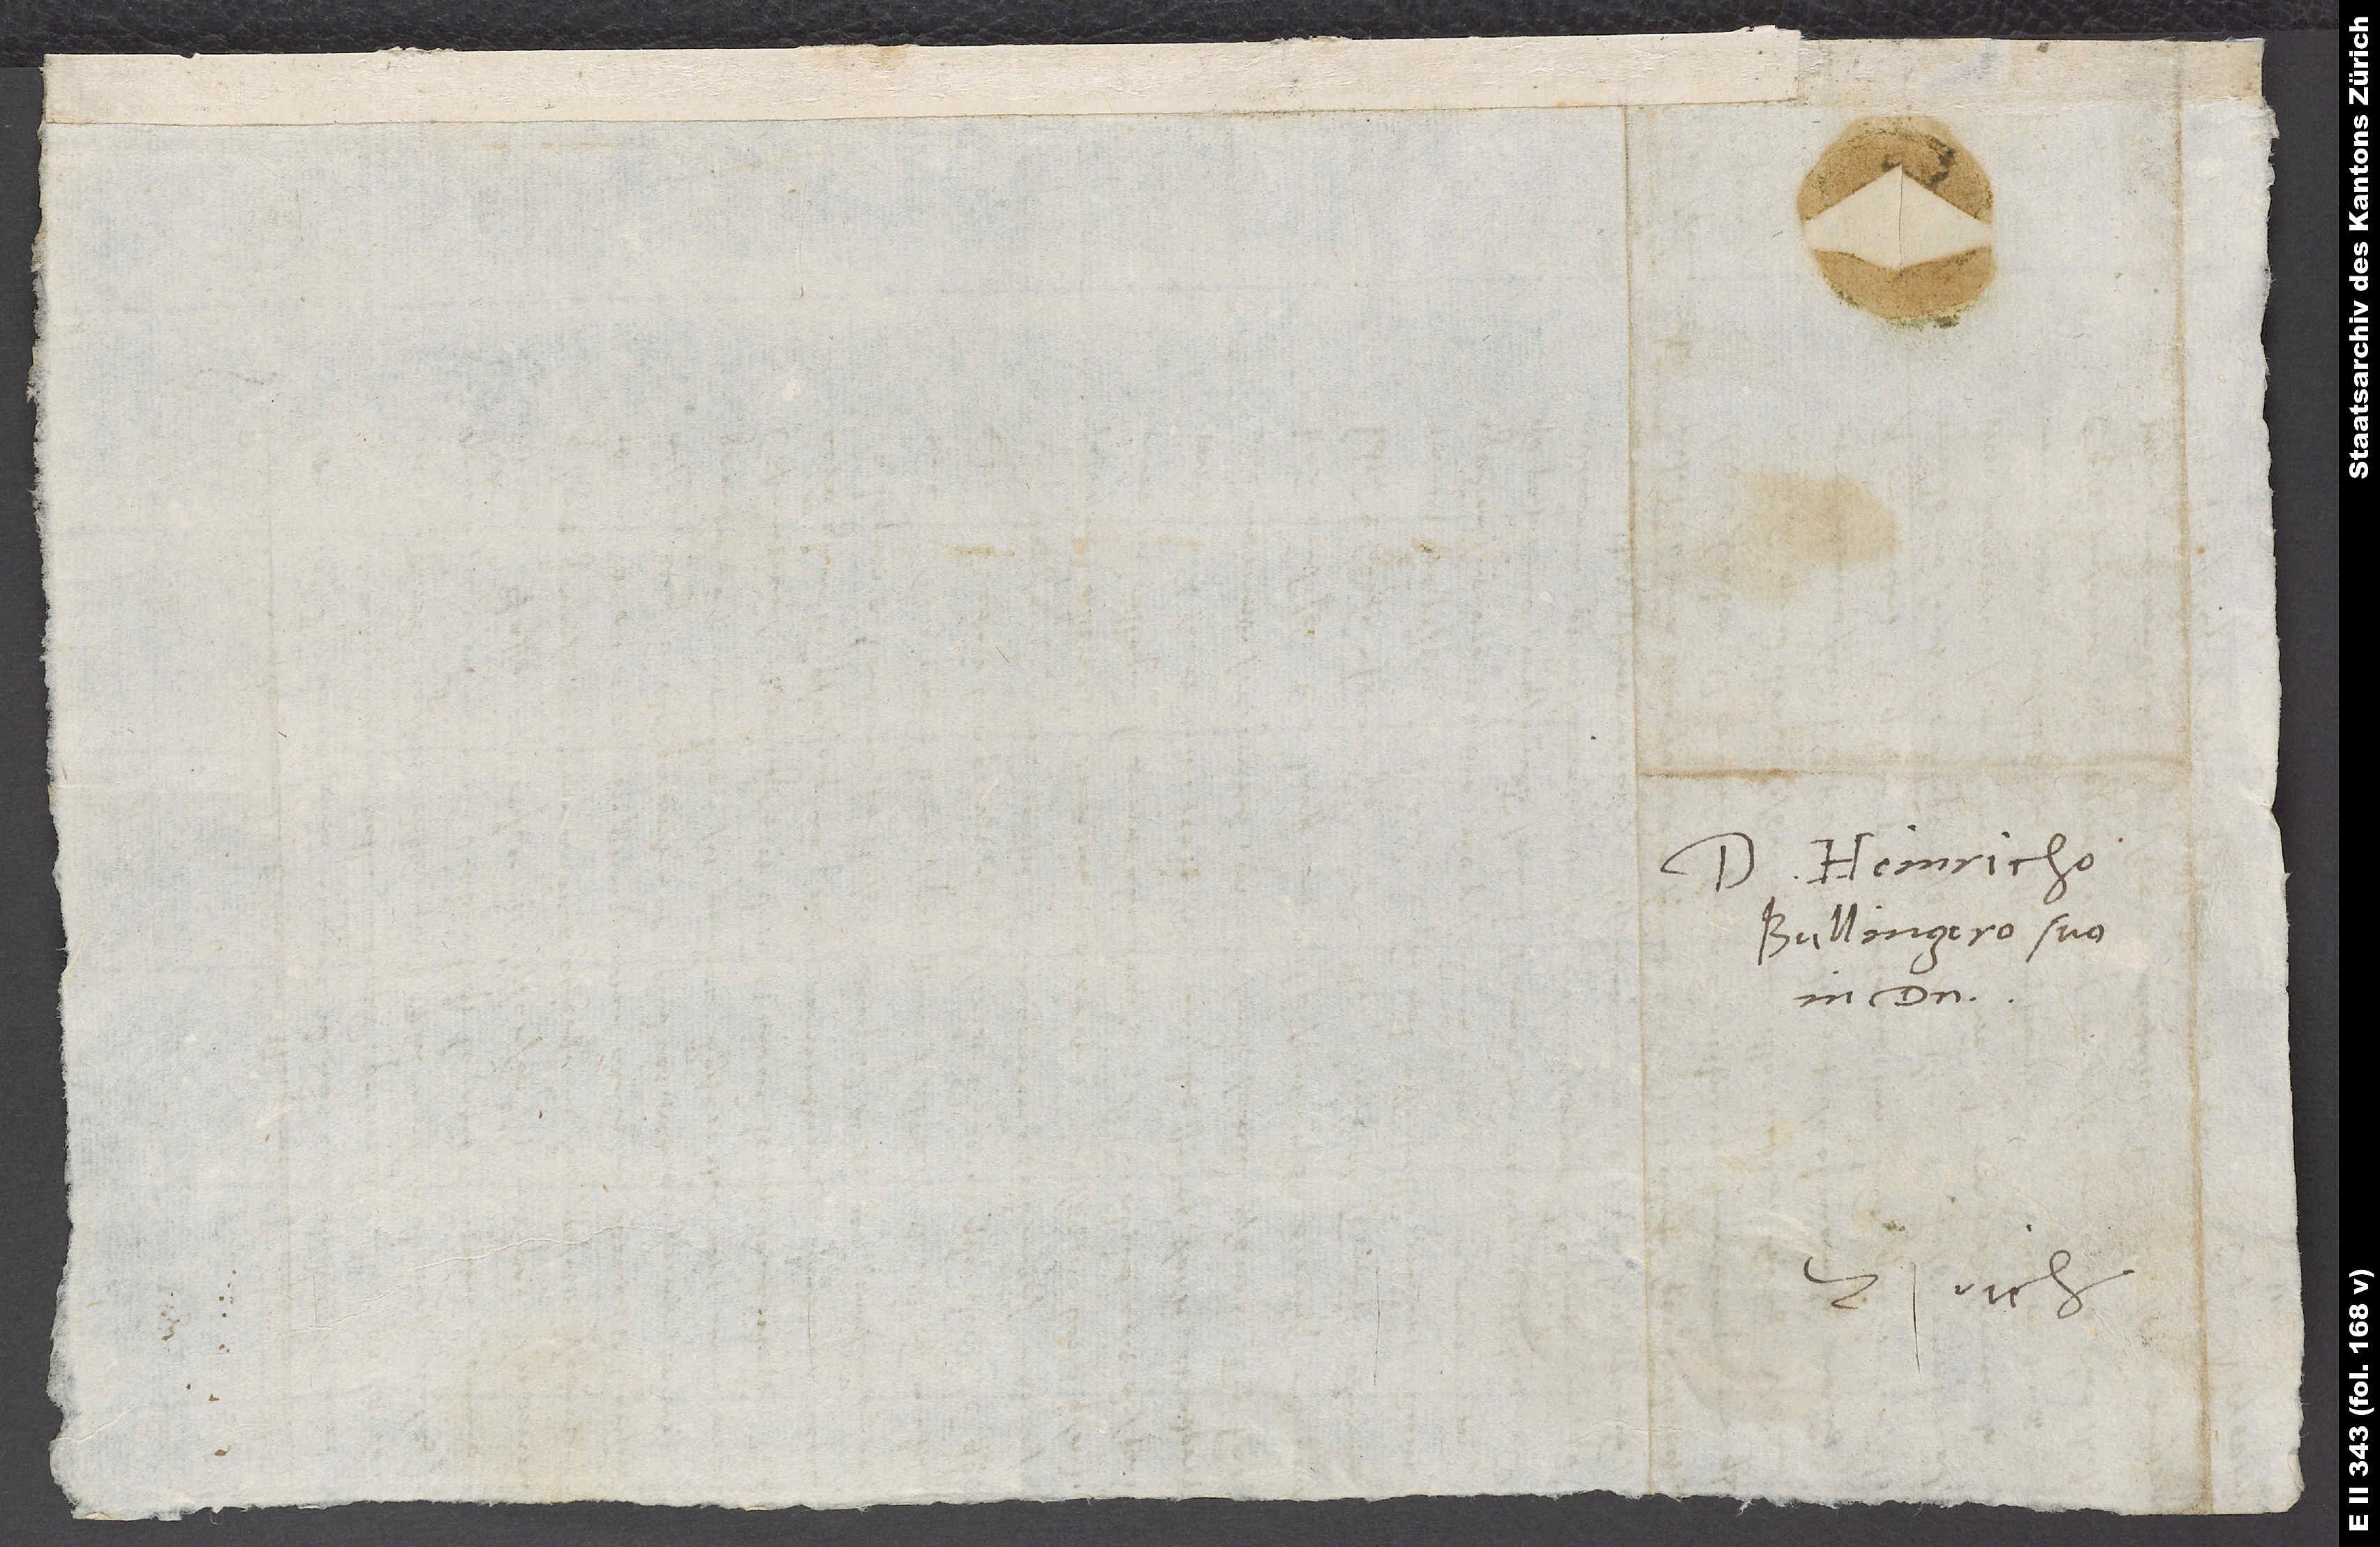
Domino Heinricho
Bullingero suo
in domino.
Zrich.